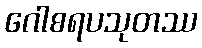
ဂေါစရပသုတဿ